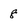
Character: 8